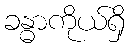
ခန္ဓာကိုယ်ရှိ